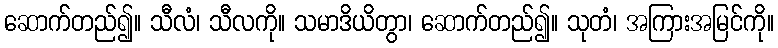
ဆောက်တည်၍။ သီလံ၊ သီလကို။ သမာဒိယိတွာ၊ ဆောက်တည်၍။ သုတံ၊ အကြားအမြင်ကို။